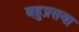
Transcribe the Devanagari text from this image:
बहुप्रसवा